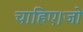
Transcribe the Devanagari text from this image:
चाहिए।जो